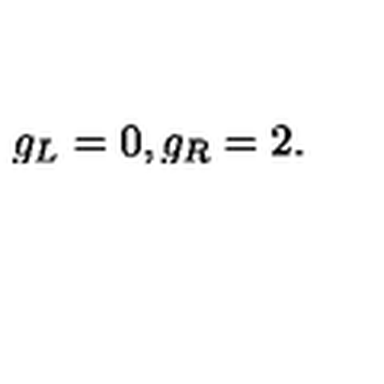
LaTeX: g _ { L } = 0 , g _ { R } = 2 .